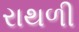
રાથળી